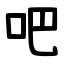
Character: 吧